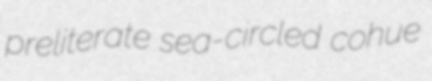
preliterate sea-circled cohue